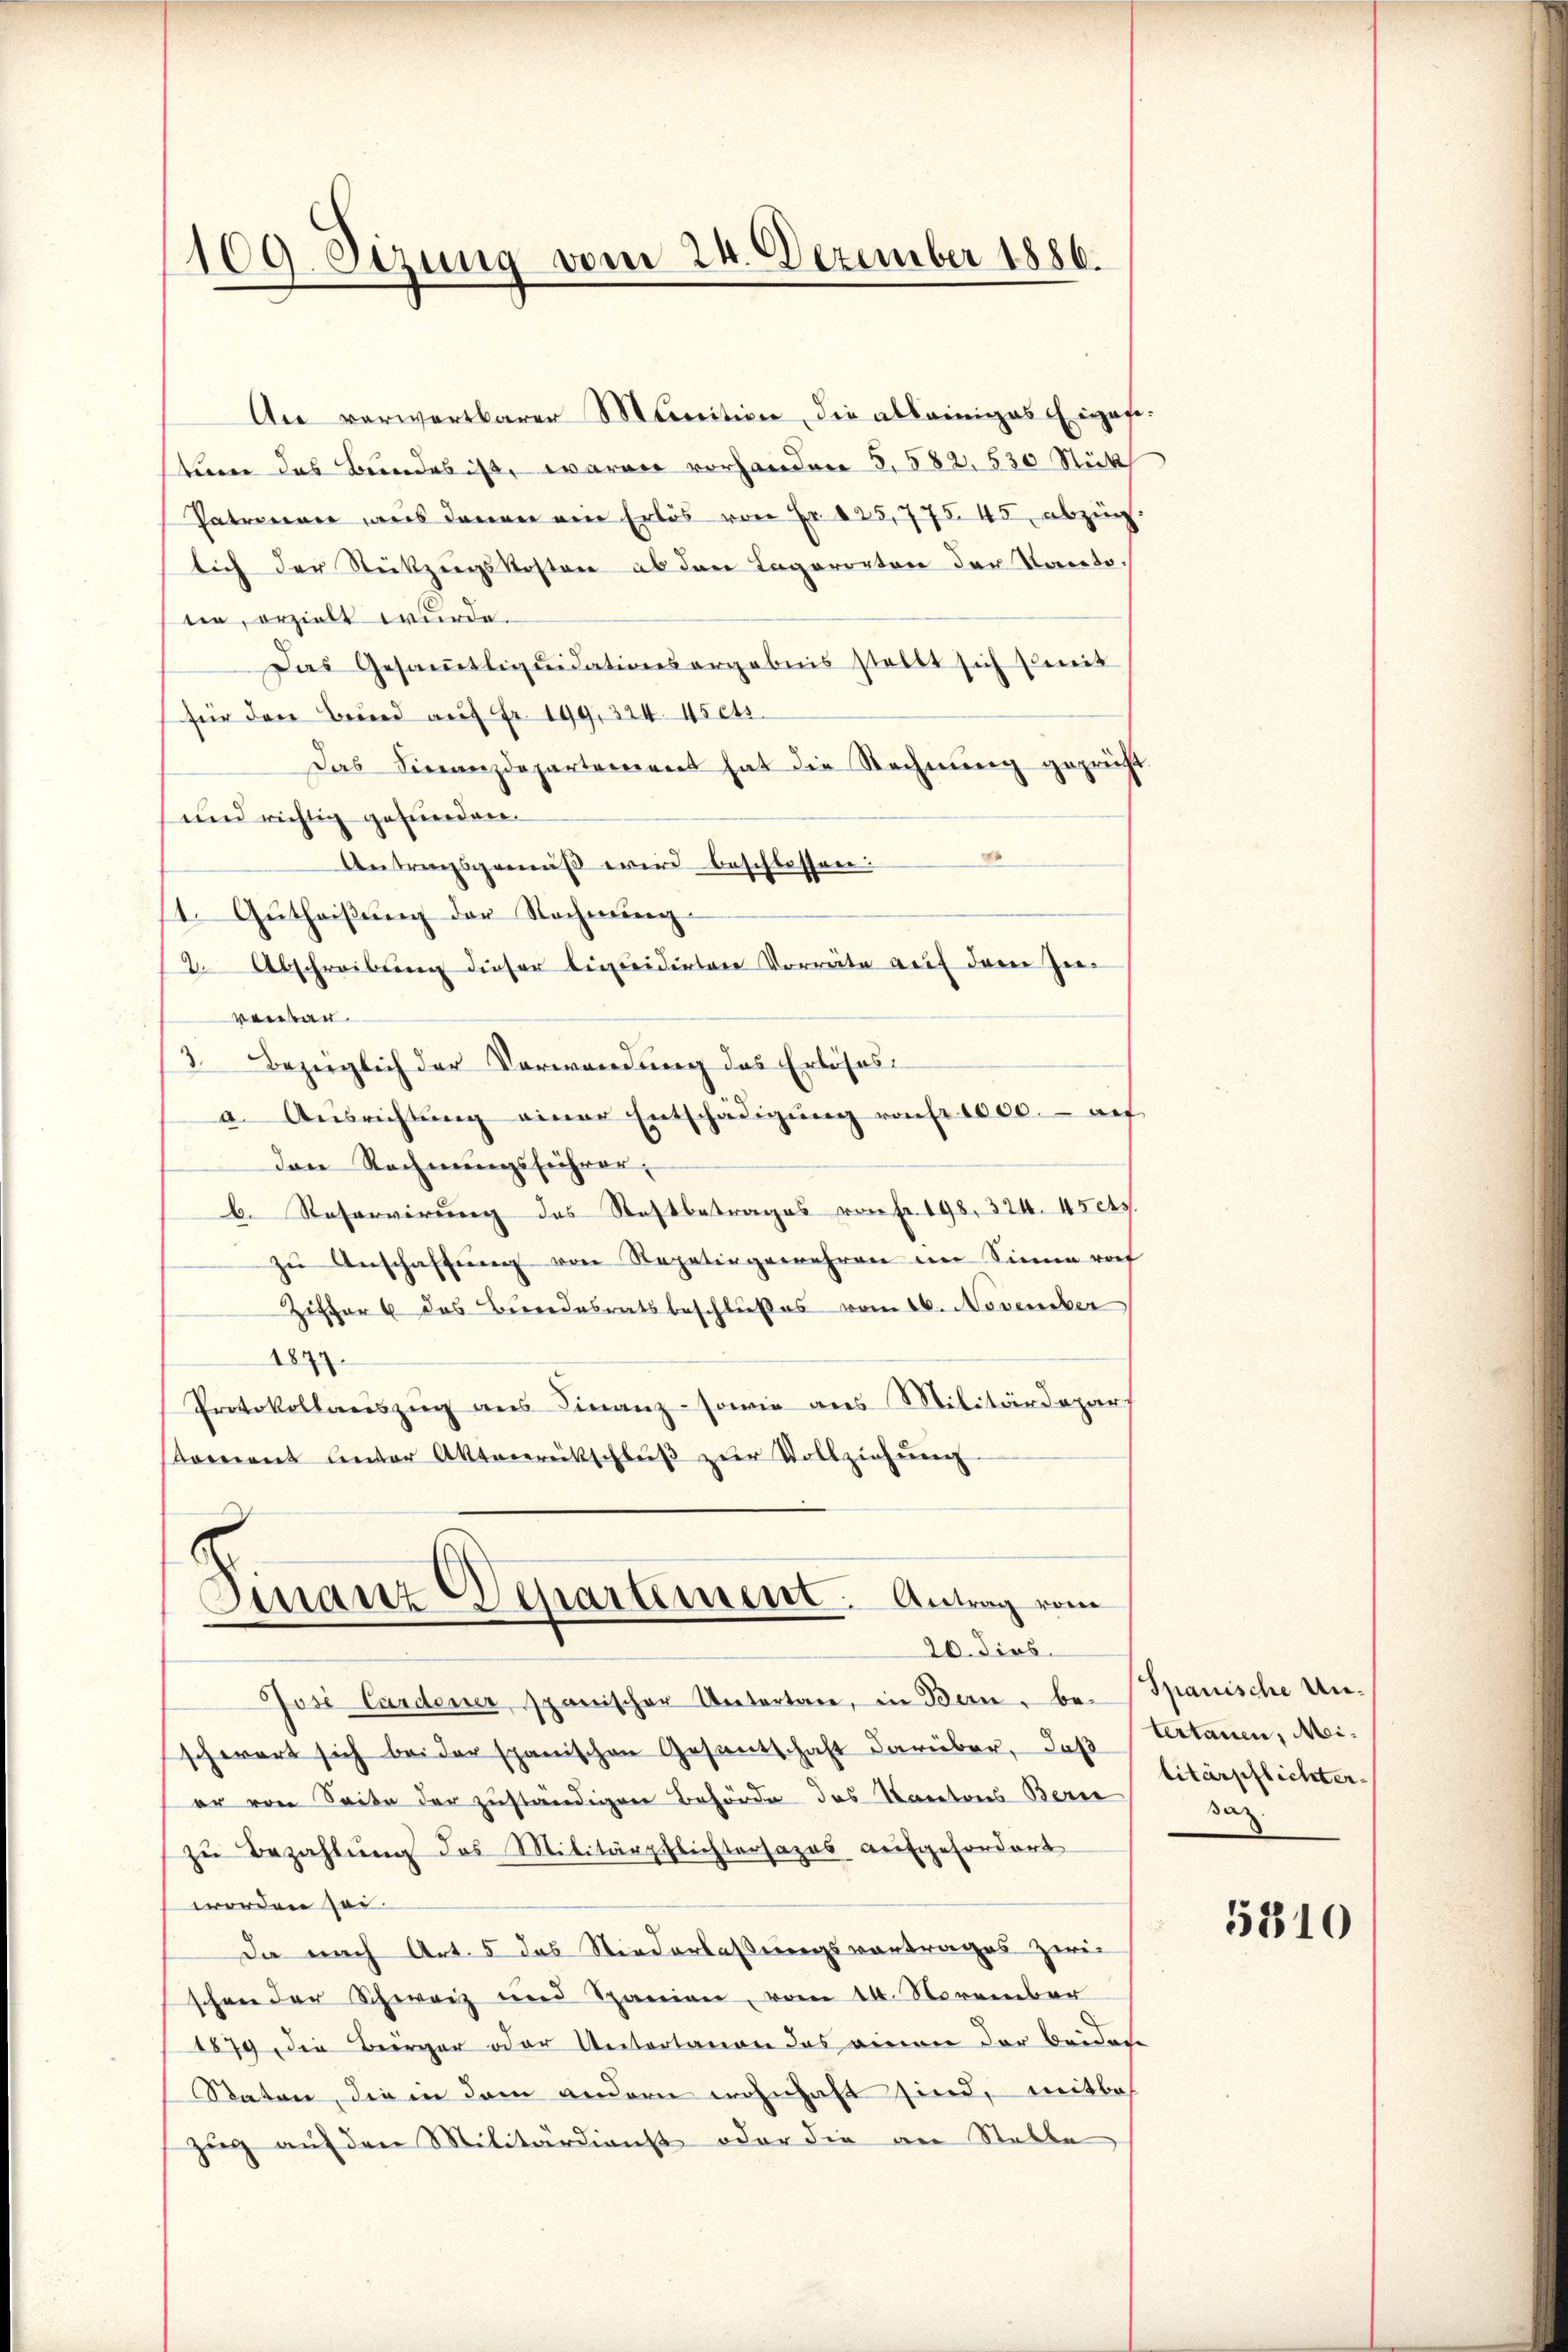
109. Sizung vom 24. Dezember 1886.

An verwertbarer Monition die alleiniges Eiges
tier das Bundes ist, waren vorhanden S. 582, 530 Stück
Patronen was denen eine Erlös von Fr. 125,775. 45 abzug
lich der Rückzugskosten ab den Lagerorten der Kantotie, erzielt wurde.
Das Gesamtliquidationsergebnis stellt sich gleit
für den Bund auf Fr. 199, 324. 45 cts.
Das Finanzdepartement hat die Rechnŭng geprüft
und richtig gefunden.
Antragsgemäß wird beschlossen:
t. Gŭtheiβŭng der Rechnŭng.
2 Abschreibung dieser liquidirten Vorräte auf denen Zieventan.
3. Bezüglich der Verwendung das Erlöses.
a Aŭsrichtŭng einer Entschädigŭng von Fr. 1000. aŭf
den Rechnungsführer,
b. Reservirung des Stattbetrages von Fr. 198. 324. 45 cts.
zŭ Anschaffung von Repetingemehren im Sinne roh
Ziffer 6 des Bundesratsbeschlußes vom 16. November
184
Protokollaŭszŭg ans Finanz-sowie aus Militärdepar
Koment unter Aktenrückschluß zur Vollziehung
Finanz-Departement: Antrag vom
20. dies
Josi Cardener, spanischer Untertage, in Bern - be- Spanische Unschwert sich bei der spanischen Gesantschaft darüber, daß
er von Seite der zuständigen Behörde das Kantons Beri
zŭ Bezahlŭng des Militärpflichtersazes aufgefordert
worden sei
Da nach Art. 5 das Niederlassungsvortrages zwei
schon der Schweiz und Spanien, vom 14. November
1879 die Bürger oder Untertanen das einen der beidete
Staten, die in dem andern wohnhaft sind, mitbes
zug auf den Militärdienst oder die an Stelle

tertanen, Meilitärpflichter
saz

5310